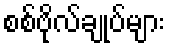
စစ်ဗိုလ်ချုပ်များ